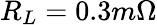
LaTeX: R_{L}=0.3m\Omega